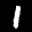
Label: 1